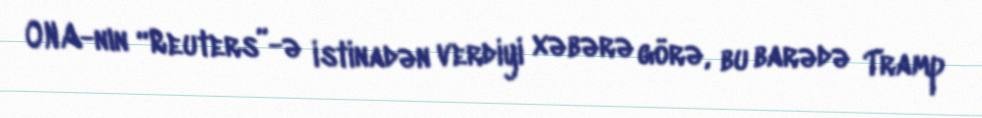
ONA-nın “Reuters”-ə istinadən verdiyi xəbərə görə, bu barədə Tramp